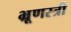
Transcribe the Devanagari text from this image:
भ्रूणस्त्री